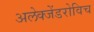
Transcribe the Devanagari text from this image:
अलेक्जेंडरोविच